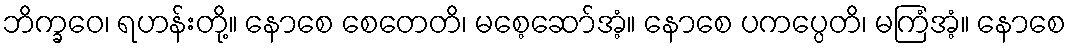
ဘိက္ခဝေ၊ ရဟန်းတို့။ နောစေ စေတေတိ၊ မစေ့ဆော်အံ့။ နောစေ ပကပ္ပေတိ၊ မကြံအံ့။ နောစေ